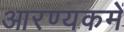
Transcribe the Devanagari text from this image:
आरण्यकमें